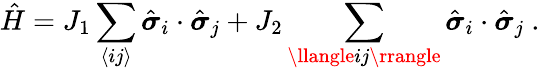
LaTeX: \hat{H}=J_{1}\sum_{\langle ij\rangle}\hat{\boldsymbol{\sigma}}_{i}\cdot\hat{\boldsymbol{\sigma}}_{j}+J_{2}\sum_{\llangle ij\rrangle}\hat{\boldsymbol{\sigma}}_{i}\cdot\hat{\boldsymbol{\sigma}}_{j}\ .